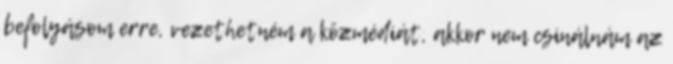
befolyásom erre, vezethetném a közmédiát, akkor nem csinálnám az